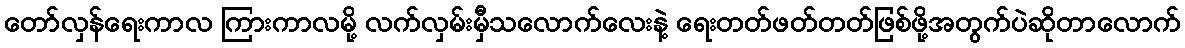
တော်လှန်ရေးကာလ ကြားကာလမို့ လက်လှမ်းမှီသလောက်လေးနဲ့ ရေးတတ်ဖတ်တတ်ဖြစ်ဖို့အတွက်ပဲဆိုတာလောက်